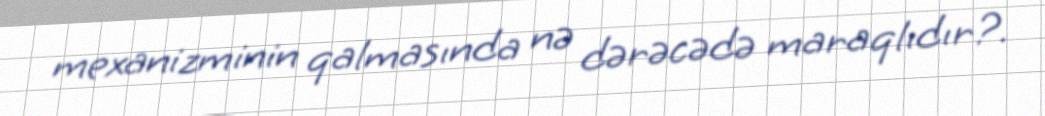
mexanizminin qalmasında nə dərəcədə maraqlıdır?.